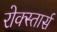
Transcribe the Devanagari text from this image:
रोक्स्तार्स